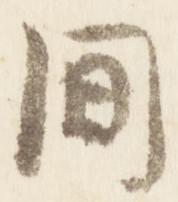
間